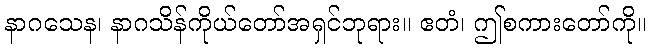
နာဂသေန၊ နာဂသိန်ကိုယ်တော်အရှင်ဘုရား။ ဧတံ၊ ဤစကားတော်ကို။